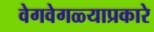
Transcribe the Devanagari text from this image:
वेगवेगळ्याप्रकारे